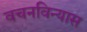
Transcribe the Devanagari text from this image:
वचनविन्यास